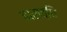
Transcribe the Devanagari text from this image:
हाराव्घि